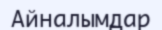
Айналымдар